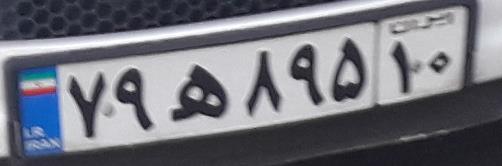
۷۹ه۸۹۵۱۰